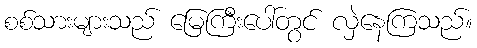
စစ်သားများသည် မြေကြီးပေါ်တွင် လှဲနေကြသည်။